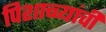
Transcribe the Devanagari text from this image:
पिशाच्च्यांची